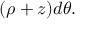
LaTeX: ( \rho + z ) d \theta .